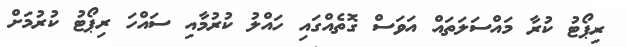
ރިޕޯޓު ކުރާ މައްސަލަތައް އަވަސް ގޮތެއްގައި ހައްލު ކުރުމާއި ސައްހަ ރިޕޯޓު ކުރުމަށް